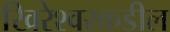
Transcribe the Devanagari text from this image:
खिरेश्वरकडील